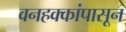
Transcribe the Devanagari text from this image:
वनहक्कांपासून